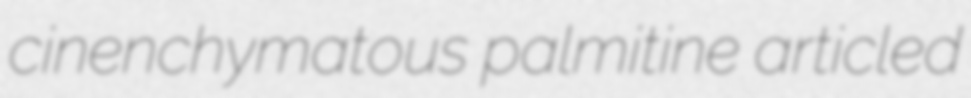
cinenchymatous palmitine articled